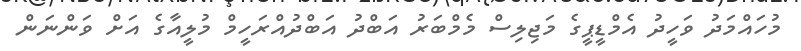
މުހައްމަދު ވަހީދު އެމްޑީޕީގެ މަޖިލިސް މެމްބަރު އަބްދު އަބްދުއްރަހީމް މުލީއާގެ އަށް ވަންނަން